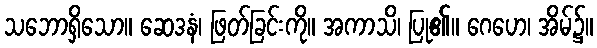
သဘောရှိသော။ ဆေဒနံ၊ ဖြတ်ခြင်းကို။ အကာသိ၊ ပြု၏။ ဂေဟေ၊ အိမ်၌။